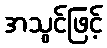
အသွင်ဖြင့်